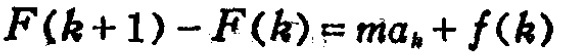
\(F(k + 1) - F(k) = ma_{k} + f(k)\)